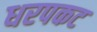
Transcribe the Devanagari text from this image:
धरपकट